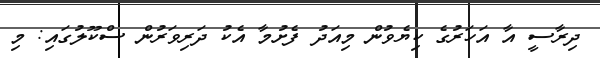
ދިރާސީ އާ އަހަރުގެ ކިޔެވުން މިއަދު ފެށުމާ އެކު ދަރިވަރުން ސްކޫލުގައި: މި